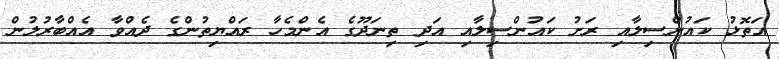
އަތޮޅު ކައުންސިލާއި ރަށު ކައުންސިލާއި އަދި ތިނަދޫގެ އެންމެހާ ރައްޔިތުންގެ ދެއްވާ އެއްބާރުލުން